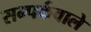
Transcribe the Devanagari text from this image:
सम्पर्कवाले